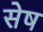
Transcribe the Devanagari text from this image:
सेष